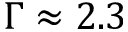
\Gamma \approx 2 . 3